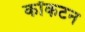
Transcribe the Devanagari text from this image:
कॉकटन